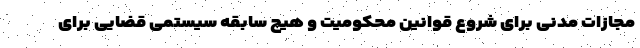
مجازات مدنی برای شروع قوانین محکومیت و هیچ سابقه سیستمیِ قضایی برای